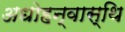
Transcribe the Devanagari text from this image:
अधोहन्वास्थि